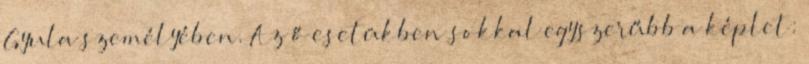
Gyula személyében. Az ő esetükben sokkal egyszerűbb a képlet: